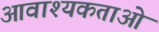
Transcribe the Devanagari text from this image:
आवाश्‍यकताओं